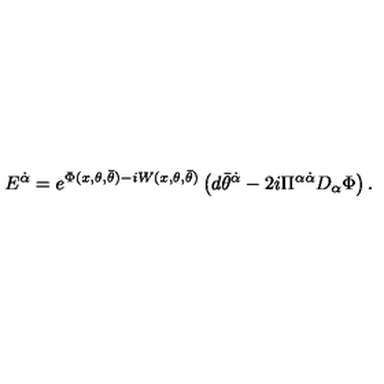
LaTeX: { E } ^ { \dot { \alpha } } = e ^ { \Phi ( x , \theta , \bar { \theta } ) - i W ( x , \theta , \bar { \theta } ) } \left( d \bar { \theta } ^ { \dot { \alpha } } - { 2 i } \Pi ^ { \alpha \dot { \alpha } } D _ { \alpha } \Phi \right) .